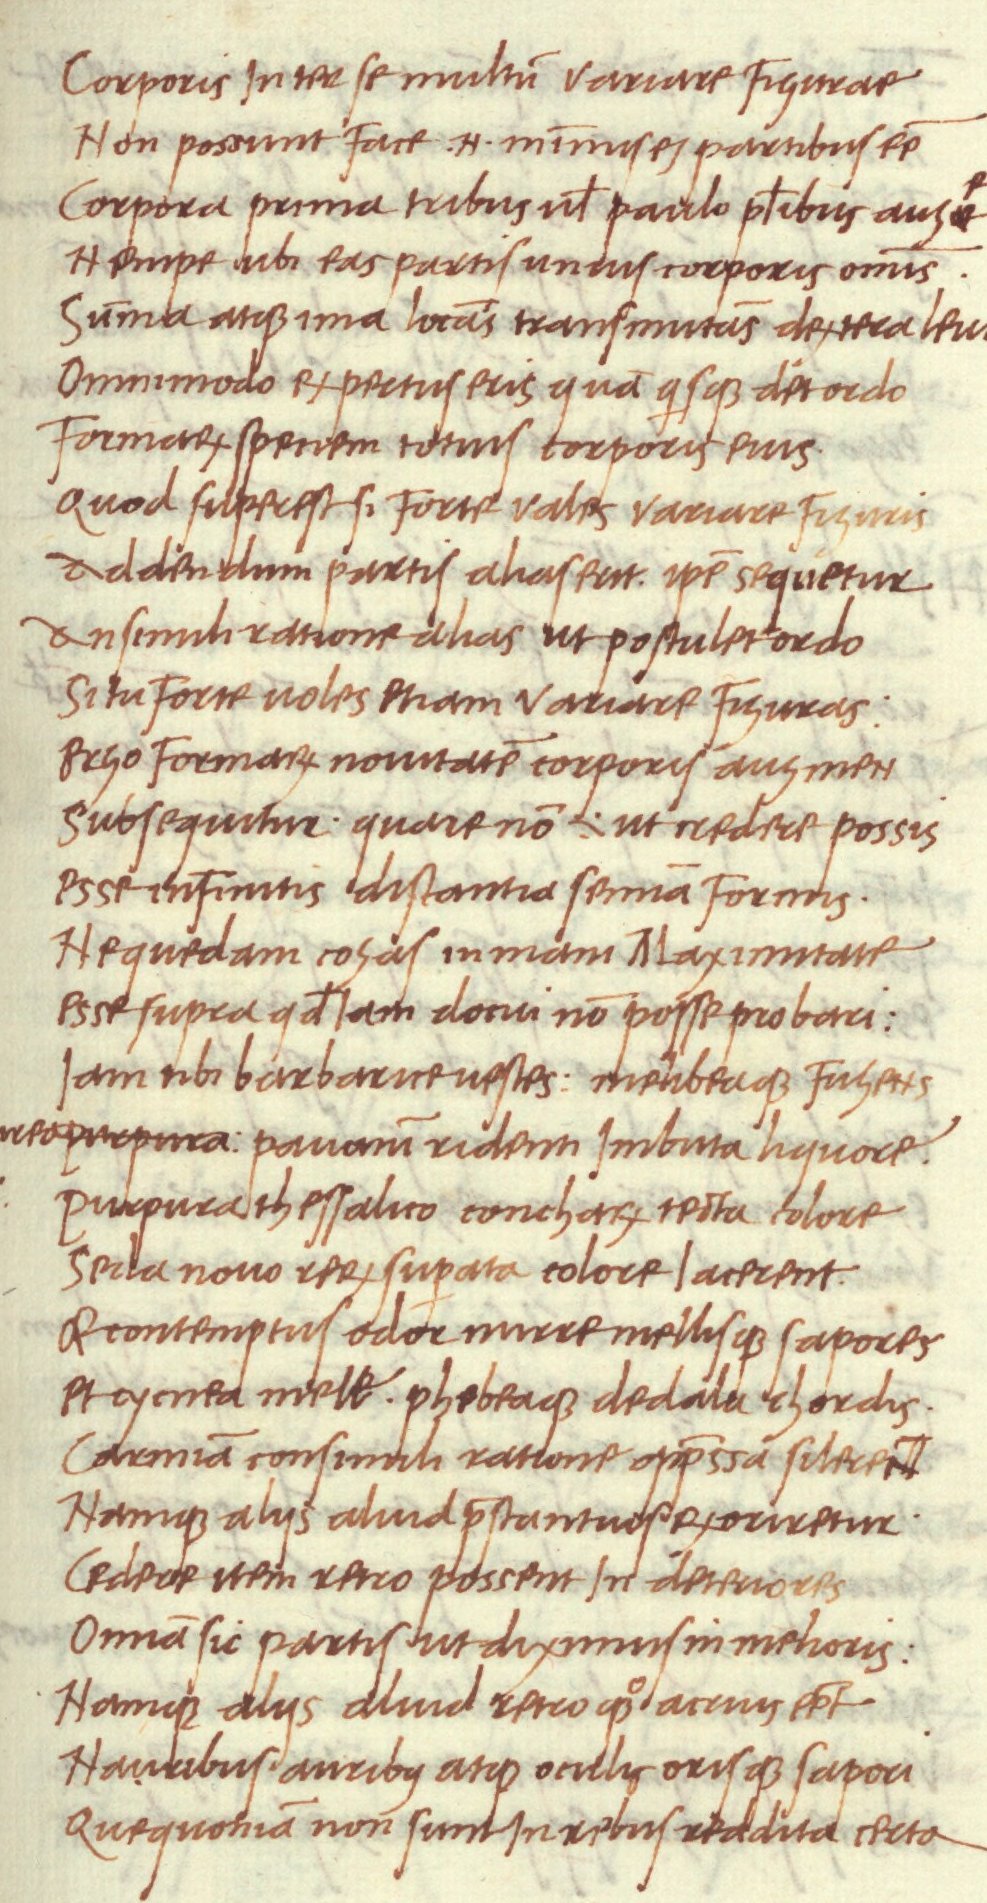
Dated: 1468–1469